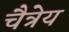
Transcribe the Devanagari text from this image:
चैत्रेय